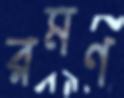
রমণ